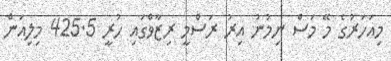
މިއަހަރުގެ މޭ މަސް ނިމުނު އިރު ރަސްމީ ރިޒާވްގައި ހުރީ 425.5 މިލިއަން